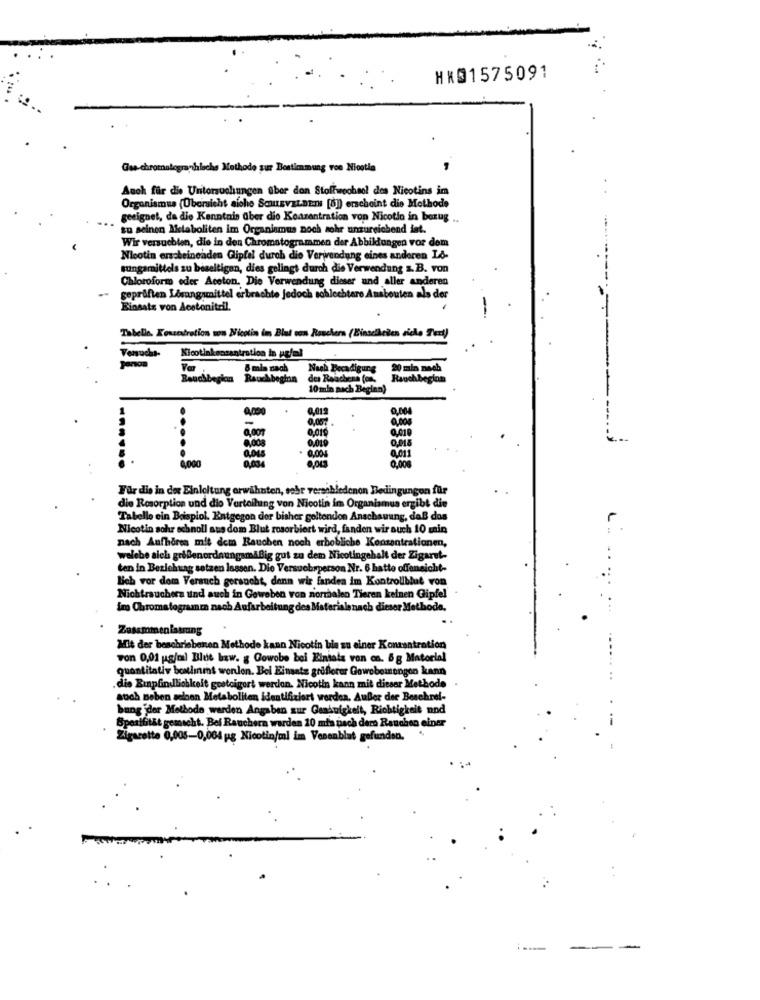
HK@1575091
Gas chromatographische Methode zur Bestimmung voo Nicotin
Auch für die Untersuchungen über den Stoffwechsel des Nicotins im
Organismus (Übersicht siche ScuLEVEL.DET [8]) erscheint die Methode
geeignet, da die Kenntnis über die Konzentration von Nicotio in bezug
su seinen Metaboliten im Organismus noch sehr unzureichend int.
Wir versuchten, die in den Chromatogrammen der Abbildungen vor dem
Nicotin erscheinenden Gipfel durch die Verwendung eines anderen Lo-
sungamittels zu beseitigen, dies gelingt durch die Verwendung z.B. von
Chloroform oder Aceton. Die Verwendung dieser and aller anderen
-.
geprüften Lösungsmittel erbrachte jedoch schlechtere Ansbouten als der
Einsatz von Acetonitril.
Tabelle, Kevetration son Nicotin im Blut con Rauchern (Einsciheten viele Tert)
Nicotinkonzentration in pg/ml
Ver
8 min nach
Nach Bocadigung
20 min nach
Bauchbegin Rauchbeginn
Rauch beginn
10 min nach Beginn)
0,000
0,012
0,004
---
0,015
0,011
6.000
0,000
Für dis in der Einleitung erwähnten, sehr verschiedenen Bedingungen für
die Rosorption und dio Vertelling von Nicotin im Organismus ergibt die
Tabelle ein Boispiol. Entgegon der bisher geltenden Anschauung, daß das
Nicotin sohr ochnoll aus dom Blut rosorbiert wird, fanden wir auch 10 min
nach Aufhören mit dem Rauchen noch erbobliche Konzentrationen,
welche sich grißenordnungamiBig gut zu dem Nicotingehalt der Zigaret-
ten in Beziehung setzen lassen. Die Versuobrperson Nr. 6 hatte offensicht-
Bob vor dem Verauch gersucht, denn wir fanden im Kontroliblut von
Nichtrauchera und auch in Geweben von norrhalen Tieren keinen Gipfel
im Chromatograanin nach Aufarbeitung des Materiale nach dieser Methode,
Zusammenlassung
Mit der beschriebenen Methode kann Nicotin ble zu einer Konzentration
von 0,01 pg/ml Blue baw. g Cowobe bei Einsatz von ca. 8g Matorial
... ....
quantitativ bothinent wenden. Bol Einsatz griflerer Gewebemongon kann
die Einpfindlichkeit gesteigert werden. Nicotin kann mit dieser Methode
...
auch neben acloon Metaboliten identifiziert werden. Auber der Beschrel-
bung der Methode werden Angaben zur Genauigkeit, Richtigkeit and
Spesifität gemacht. Bei Rauchern warden 10 mis pach ders Rauchen einer
.
Zigarette 0,005-0,064 pg Nicotin/ml im Vonenblat gefunden.